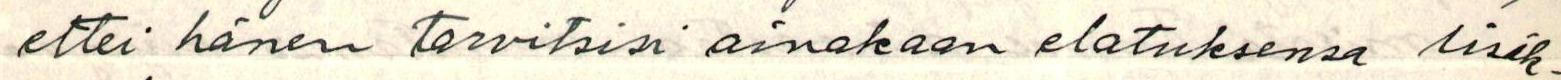
ettei hänen tarvitsisi ainakaan elatuksensa lisäk-